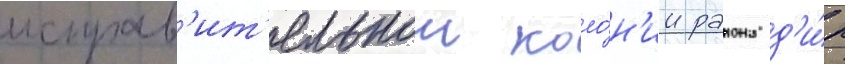
исправ'ит'ельнои коло́н'ии раиона д'и́р